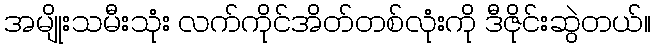
အမျိုးသမီးသုံး လက်ကိုင်အိတ်တစ်လုံးကို ဒီဇိုင်းဆွဲတယ်။